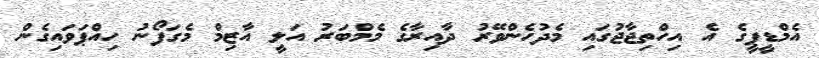
އެމްޑީޕީގެ އެ އިހްތިޖާޖުގައި މެދުހެންވޭރު ދާއިރާގެ މެމްބަރު އަލީ އާޒިމް މެގަފޯނު ހިއްޕަވައިގެން